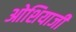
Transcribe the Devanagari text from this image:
ओशियाजी